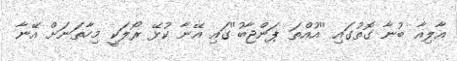
އާލިއާ ބުނާ ގޮތުގައި ''އުއްތަ ޕަންޖާބު''ގައި އޭނާ ކުޅޭ ރޯލަކީ މިހާތަނަށް އޭނާ